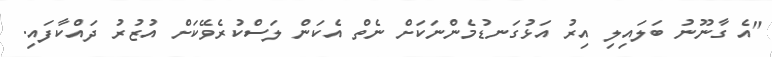
"އެ ގާނޫނު ބަލައިލި އިރު އަޅުގަނޑުމެންނަކަށް ނެތް އެކަން ލަސްކުރެވޭކަށް އުޒުރު ދައްކާފައި.